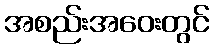
အစည်းအဝေးတွင်